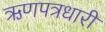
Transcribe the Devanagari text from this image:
ऋणपत्रधारी